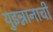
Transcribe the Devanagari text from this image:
युइन्नानाची